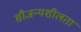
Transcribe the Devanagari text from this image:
सौजन्यशीलता